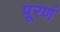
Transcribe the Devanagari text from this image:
पूरणं